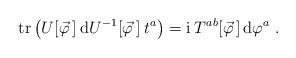
LaTeX: \begin{align*}\mbox{tr} \left( U[\vec \varphi\,]\: \mathrm{d}U^{-1}[\vec \varphi \,] \: t^a \right) = \mathrm{i} \: T^{ab}[\vec \varphi \,]\, \mathrm{d}\varphi^a \;. \end{align*}